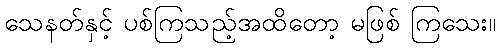
သေနတ်နှင့် ပစ်ကြသည့်အထိတော့ မဖြစ် ကြသေး။